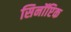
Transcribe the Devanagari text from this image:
सिनॉप्टिक